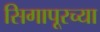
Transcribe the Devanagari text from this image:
सिगापूरच्या